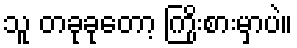
သူ တခုခုတော့ ကြိုးစားမှာပဲ။